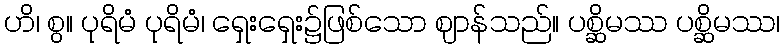
ဟိ၊ စွ။ ပုရိမံ ပုရိမံ၊ ရှေးရှေး၌ဖြစ်သော ဈာန်သည်။ ပစ္ဆိမဿ ပစ္ဆိမဿ၊